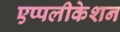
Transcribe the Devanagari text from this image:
एप्पलीकेशन